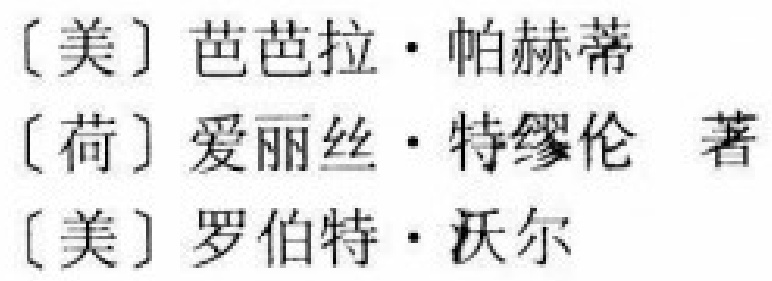
[美] 巴巴拉·帕赫蒂

[荷] 爱丽丝·特缪伦 著

[美] 罗伯特·沃尔